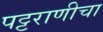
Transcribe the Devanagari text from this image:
पट्टराणीचा